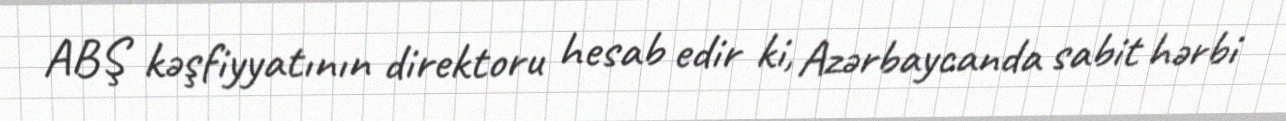
ABŞ kəşfiyyatının direktoru hesab edir ki, Azərbaycanda sabit hərbi